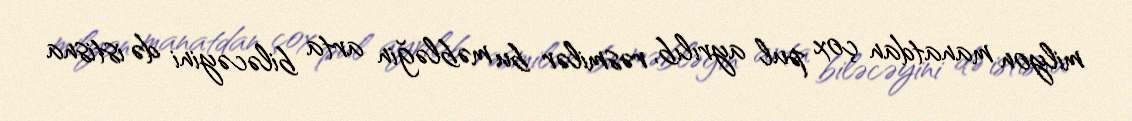
milyon manatdan çox pul ayrılıb, rəsmilər bu məbləğin arta biləcəyini də istisna